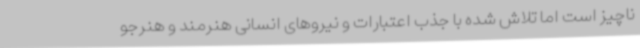
ناچیز است اما تلاش شده با جذب اعتبارات و نیروهای انسانی هنرمند و هنرجو